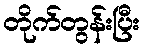
တိုက်တွန်းပြီး